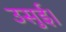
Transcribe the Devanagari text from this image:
उसुई।